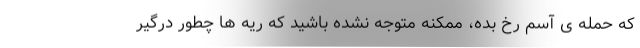
که حمله ی آسم رخ بده، ممکنه متوجه نشده باشید که ریه ها چطور درگیر